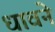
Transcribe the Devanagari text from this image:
धावने